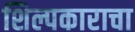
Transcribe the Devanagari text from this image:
शिल्पकाराचा